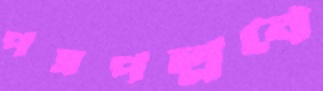
পত্রপল্লবে